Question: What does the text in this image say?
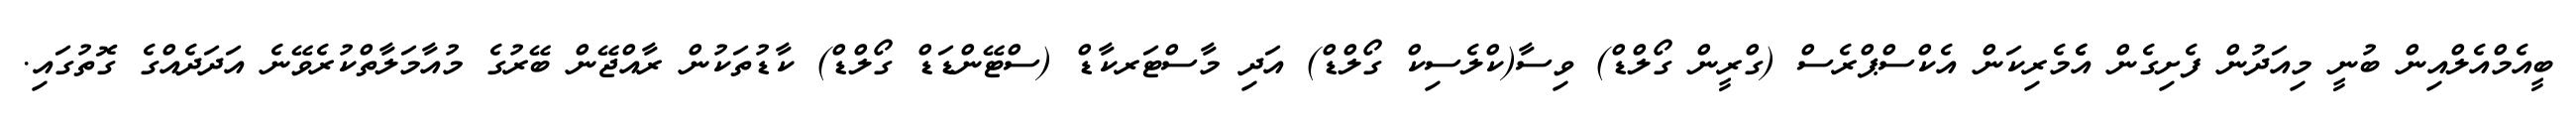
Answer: ބީއެމްއެލްއިން ބުނީ މިއަދުން ފެށިގެން އެެމެރިކަން އެކްސްޕްރެސް (ގްރީން ގޯލްޑް) ވިސާ(ކްލެސިކް ގޯލްޑް) އަދި މާސްޓަރކާޑް (ސްޓޭންޑަޑް ގޯލްޑް) ކާޑުތަކުން ރާއްޖޭން ބޭރުގެ މުއާމަލާތްކުރެވޭނެ އަދަދެއްގެ ގޮތުގައި.